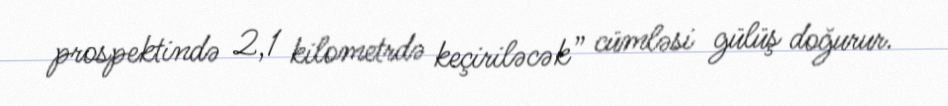
prospektində 2,1 kilometrdə keçiriləcək” cümləsi gülüş doğurur.